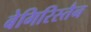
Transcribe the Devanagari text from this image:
बेगिरिस्तैन